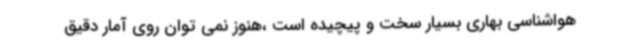
هواشناسی بهاری بسیار سخت و پیچیده است ،هنوز نمی توان روی آمار دقیق